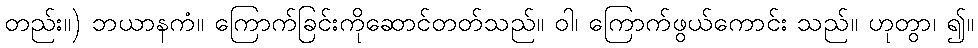
တည်း။) ဘယာနကံ။ ကြောက်ခြင်းကိုဆောင်တတ်သည်။ ဝါ၊ ကြောက်ဖွယ်ကောင်း သည်။ ဟုတွာ၊ ၍။